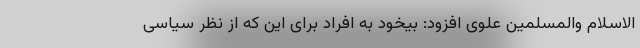
الاسلام والمسلمین علوی افزود: بیخود به افراد برای این که از نظر سیاسی